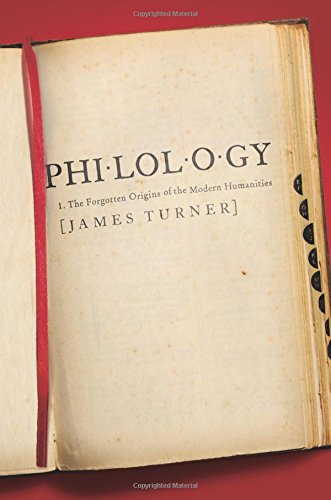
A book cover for Philology: The Forgotten Origins of the Modern Humanities; James Turner; Reference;